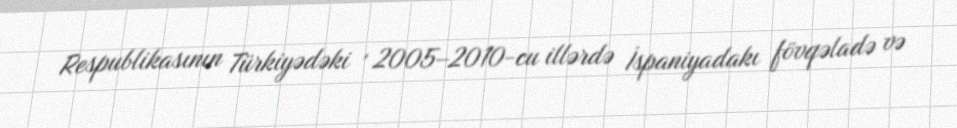
Respublikasının Türkiyədəki , 2005–2010-cu illərdə İspaniyadakı fövqəladə və